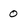
Character: 0